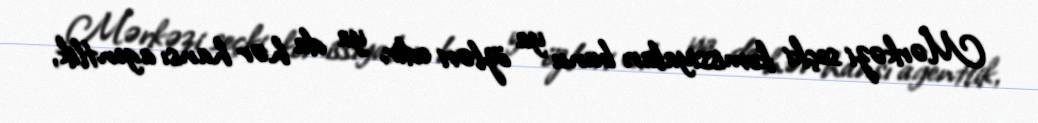
Mərkəzi seçki komissiyaları bunu ya özləri edir, ya da hər hansı agentlik,